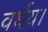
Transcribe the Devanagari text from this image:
वर्धय।